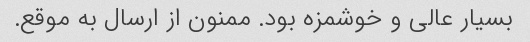
بسیار عالی و خوشمزه بود. ممنون از ارسال به موقع.